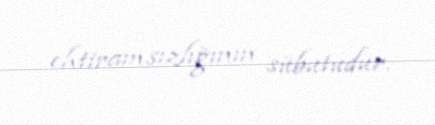
ehtiramsızlığının sübutudur.